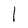
Character: 1